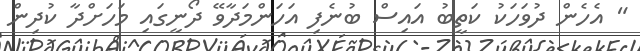
" އެހެން ދުވަހަކު ކަތީބު އައިސް ބުނެފި އަހަންމަދާވޭ ދޯނީގައި މަހަށްދާ ކުދިން